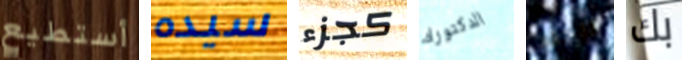
أستطيع سيده كجزء الدكتوراه الجلد بك